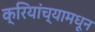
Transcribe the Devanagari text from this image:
क्रियांच्यामधून